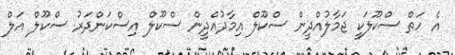
އެ ހަތް ސްކޫލަކީ ޖަމާލުއްދީން ސްކޫލް އިމާދުއްދީން ސްކޫލް އިސްކަންދަރު ސްކޫލް އަލް